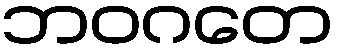
ဘဝဂတေ